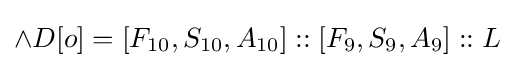
\land D[o]=[F_{10},S_{10},A_{10}]::[F_{9},S_{9},A_{9}]::L